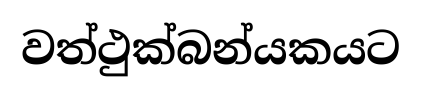
වත්ථුක්බන්යකයට